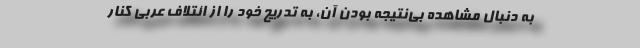
به دنبال مشاهده بی‌نتیجه بودن آن، به تدریج خود را از ائتلاف عربی کنار